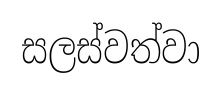
සලස්වත්වා